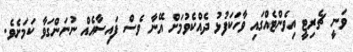
ވަނީ ޗެރިޓީ އިވެންޓެއްގައި ވާހަކަފުޅު ދެއްކެވުމަށް އޭނާ ވެސް ފައިސާއެއް ނުނަންގަވާ ކަމަށެވެ.